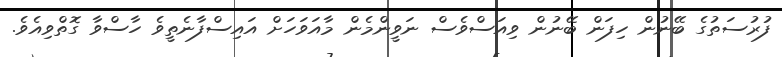
ފުރުސަތުގެ ބޭނުން ހިފަން ބޭނުން ވިއަސްވެސް ނަވީންމެން މާއަވަހަށް އައިސްފާނެތީވެ ހާސްވާ ގޮތްވިއެވެ.